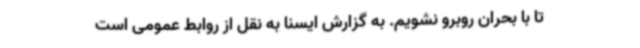
تا با بحران روبرو نشویم. به گزارش ایسنا به نقل از روابط عمومی است